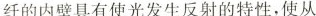
纤的内壁具有使光发生反射的特性，使从